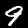
Digit: 9